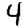
Digit: 4